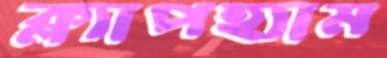
ক্ল্যাপহ্যাম